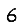
Digit: 6